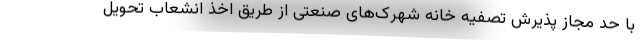
با حد مجاز پذیرش تصفیه خانه شهرک‌های صنعتی از طریق اخذ انشعاب تحویل